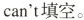
can't填空。